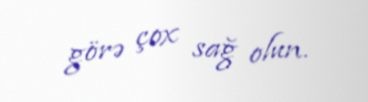
görə çox sağ olun.